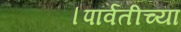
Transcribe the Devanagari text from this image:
।पार्वतीच्या